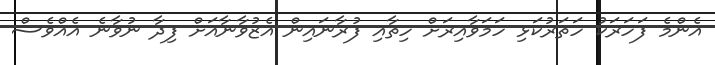
އެންމެ ފަހަރަކު ހަތަރުކަޅި ހަމަވާއިރަށް ހިތާއި ފުރާނައިން އެޒުވާނާއަށް ފިދާ ނުވާނެ އެއްވެސް